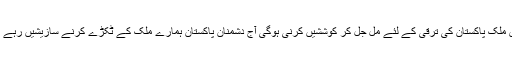
ہمیں اپنے آبائو اجداد کی قربانیوں کو یاد رکھنا ہوگا اور اس ملک پاکستان کی ترقی کے لئے مل جل کر کوششیں کرنی ہوگی آج دشمنان پاکستان ہمارے ملک کے ٹکڑے کرنے سازیشیں رہے ہیں، ملک خداد داد اس وقت آذمائیشوں سے گزر رہا ہے ، ۔